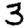
Digit: 3